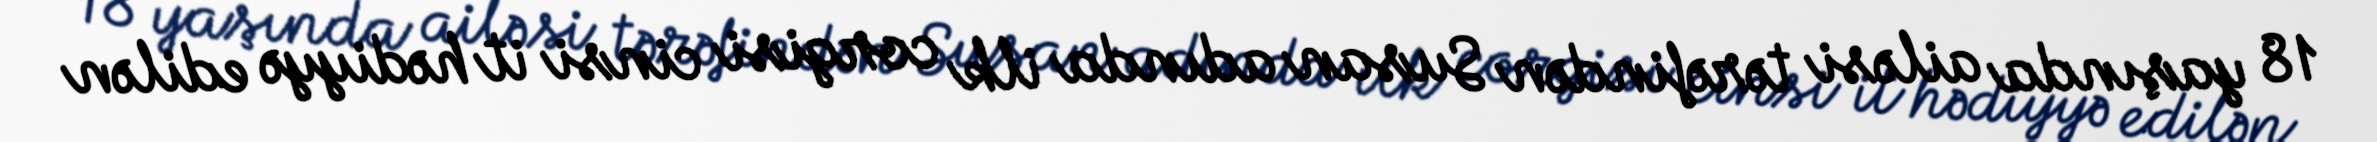
18 yaşında ailəsi tərəfindən Susan adında ilk corgisi cinsi it hədiyyə edilən